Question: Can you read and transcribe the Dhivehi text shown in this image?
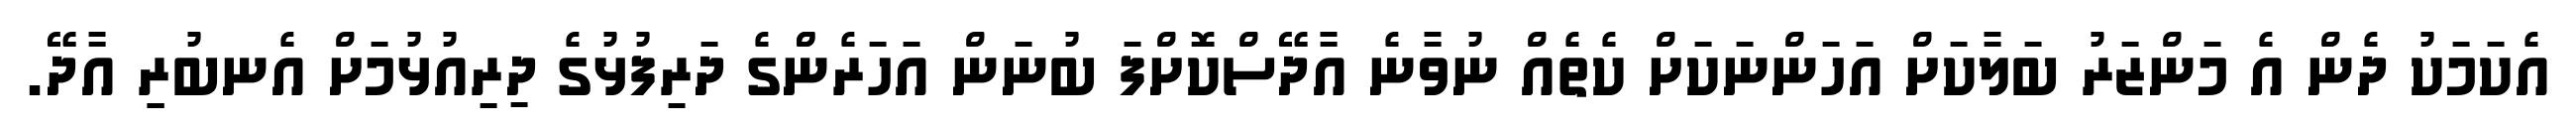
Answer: އެކަމަކު ދެން އެ މަންޒަރު ބަލާކަށް އަހަންނަކަށް ކެތެއް ނުވާނެ އާދޭސްކޮށްފަ ބުނަން އަހަރެންްގެ ދަރިފުޅުގެ ދިރިއުޅުމަށް އެނބުރިި އާދޭ.